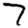
Digit: 7